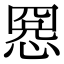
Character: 𢝕